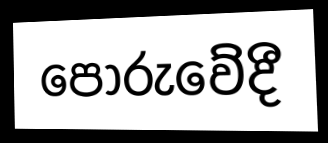
පෝරුවේදී